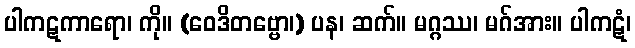
ပါကဋကာရော၊ ကို။ (ဝေဒိတဗ္ဗော၊) ပန၊ ဆက်။ မဂ္ဂဿ၊ မဂ်အား။ ပါကဋံ၊